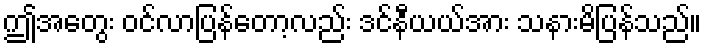
ဤအတွေး ဝင်လာပြန်တော့လည်း ဒင်နီယယ်အား သနားမိပြန်သည်။